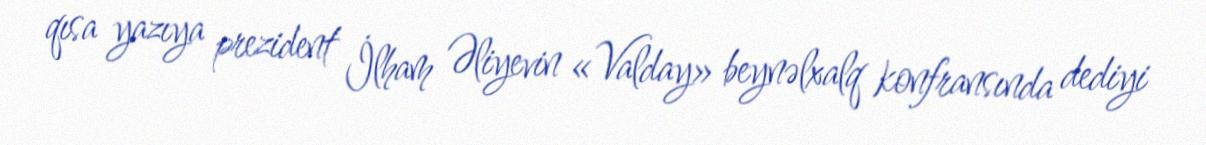
qısa yazıya prezident İlham Əliyevin «Valday» beynəlxalq konfransında dediyi